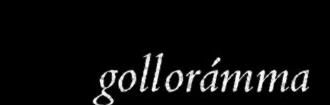
gollorámma